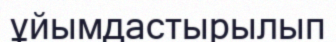
ұйымдастырылып